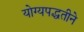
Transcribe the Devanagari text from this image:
योग्यपद्धतीने